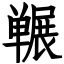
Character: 冁